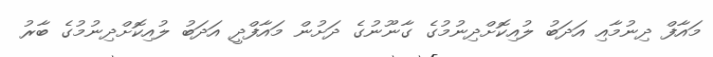
މައާފް ދިނުމާއި އަދަބު ލުއިކޮށްދިނުމުގެ ގާނޫނުގެ ދަށުން މައާފްދީ އަދަބު ލުއިކޮށްދިނުމުގެ ބާރު